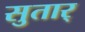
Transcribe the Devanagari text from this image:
सुतार्